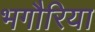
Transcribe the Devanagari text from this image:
भगौरिया